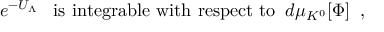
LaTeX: e ^ { - U _ { \Lambda } } \; \; \; \mathrm { i s ~ i n t e g r a b l e ~ w i t h ~ r e s p e c t ~ t o } \; \; d \mu _ { K ^ { 0 } } [ \Phi ] \; \; ,